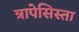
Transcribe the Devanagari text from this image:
त्रापेसिस्ता